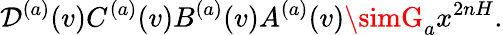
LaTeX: \mathcal{D}^{(a)}(v)C^{(a)}(v)B^{(a)}(v)A^{(a)}(v)\simG_{a}x^{2nH}.